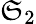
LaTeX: \mathfrak{S}_{2}